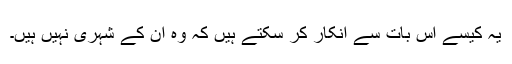
یہ کیسے اس بات سے انکار کر سکتے ہیں کہ وہ ان کے شہری نہیں ہیں۔